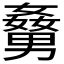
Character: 𡢹